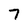
Character: 7